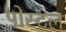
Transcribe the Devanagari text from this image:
पोस्‍टल